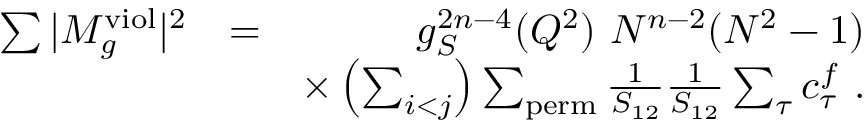
\begin{array} { r l r } { \sum \vert M _ { g } ^ { \mathrm { v i o l } } \vert ^ { 2 } } & { = } & { g _ { S } ^ { 2 n - 4 } ( Q ^ { 2 } ) ~ N ^ { n - 2 } ( N ^ { 2 } - 1 ) } \\ & { } & { \times \left( \sum _ { i < j } \right) \sum _ { \mathrm { p e r m } } \frac { 1 } { S _ { 1 2 } } \frac { 1 } { S _ { 1 2 } } \sum _ { \tau } c _ { \tau } ^ { f } ~ . } \end{array}